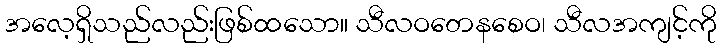
အလေ့ရှိသည်လည်းဖြစ်ထသော။ သီလဝတေနစေဝ၊ သီလအကျင့်ကို